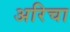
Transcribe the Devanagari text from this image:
अरिचा